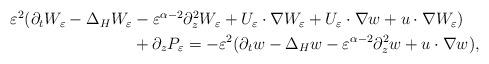
LaTeX: \begin{align*}\begin{aligned}\varepsilon^2(\partial_tW_\varepsilon-\Delta_HW_\varepsilon&-\varepsilon^{\alpha-2}\partial_z^2W_\varepsilon+U_\varepsilon\cdot\nabla W_\varepsilon+U_\varepsilon\cdot\nabla w+u\cdot\nabla W_\varepsilon)\\&+\partial_zP_\varepsilon=-\varepsilon^2(\partial_tw-\Delta_Hw-\varepsilon^{\alpha-2}\partial_z^2w+u\cdot\nabla w),\end{aligned}\end{align*}